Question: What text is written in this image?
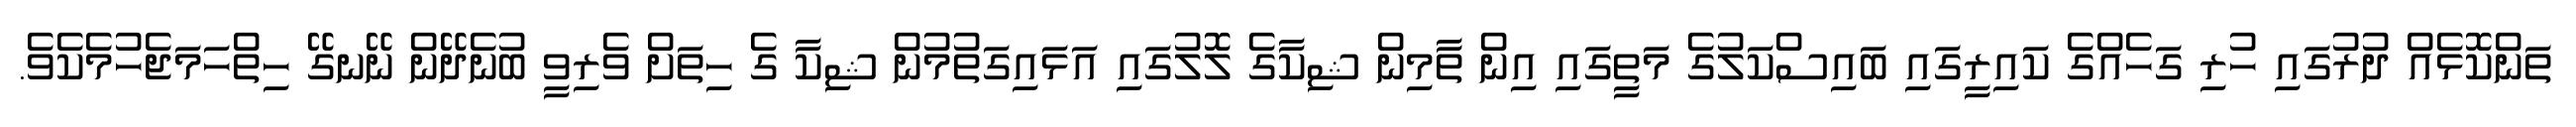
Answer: ތަންކޮޅެއް ދުރުގައި ހުރި ގަހެއްގެ ކައިރީގައި ބައިސްކަލުގެ މަތީގައި އިން ތާމިން ޝިކާގެ ލޮލުގައި އަޅައިގަތުމުން ޝިކާ ގެ ހިތަށް ވެރިވީ ބުނެދޭން ނޭނގޭ ހިތްހަމަޖެހުމެކެވެ.